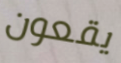
يقعون